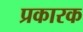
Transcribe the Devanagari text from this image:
प्रकारक